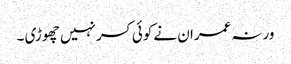
ورنہ عمران نے کوئی کسر نہیں چھوڑی ۔